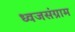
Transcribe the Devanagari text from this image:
ध्वजसंग्राम